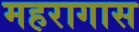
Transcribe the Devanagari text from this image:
महरागास